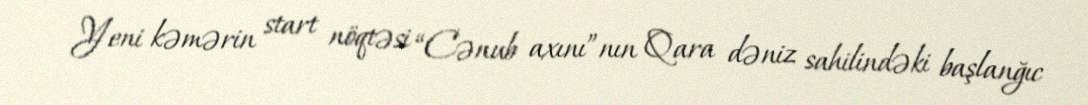
Yeni kəmərin start nöqtəsi “Cənub axını”nın Qara dəniz sahilindəki başlanğıc